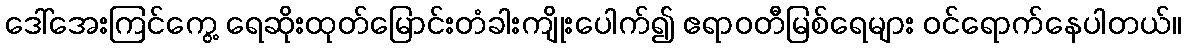
ဒေါ်အေးကြင်ကွေ့ ရေဆိုးထုတ်မြောင်းတံခါးကျိုးပေါက်၍ ဧရာဝတီမြစ်ရေများ ဝင်ရောက်နေပါတယ်။